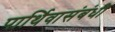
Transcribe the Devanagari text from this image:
पार्थिवासंबंधी